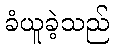
ခံယူခဲ့သည်